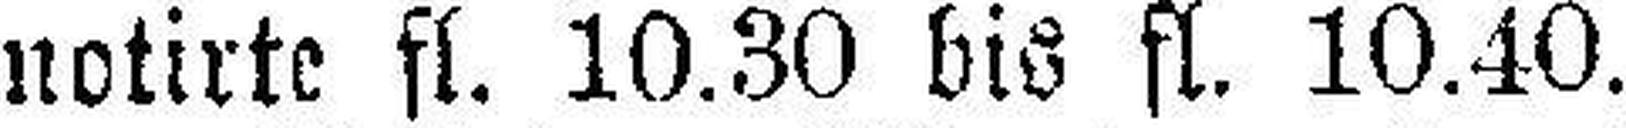
notirte fl. 10.30 bis fl. 10.40.